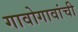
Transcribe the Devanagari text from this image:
गावोगावांची